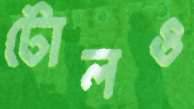
টোলও